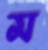
ম